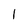
Character: l